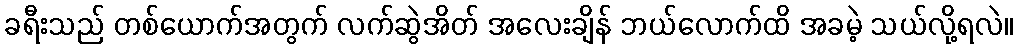
ခရီးသည် တစ်ယောက်အတွက် လက်ဆွဲအိတ် အလေးချိန် ဘယ်လောက်ထိ အခမဲ့ သယ်လို့ရလဲ။